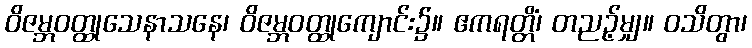
ဝိဇမ္ဘဝတ္ထုသေနာသနေ၊ ဝိဇမ္ဘဝတ္ထုကျောင်း၌။ ဧကရတ္တိံ၊ တညဉ့်မျှ။ ဝသိတွာ၊